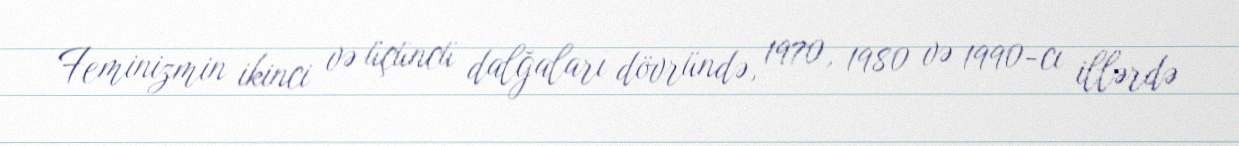
Feminizmin ikinci və üçüncü dalğaları dövründə, 1970, 1980 və 1990-cı illərdə